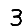
Digit: 3